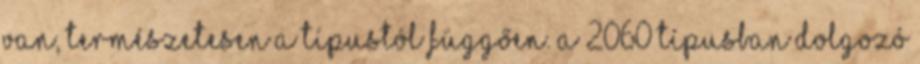
van, természetesen a típustól függően. A 2060 típusban dolgozó